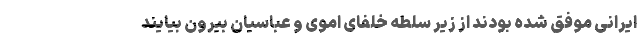
ایرانی موفق شده بودند از زیر سلطه خلفای اموی و عباسیان بیرون بیایند